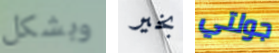
وبشكل بخير جولتي